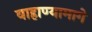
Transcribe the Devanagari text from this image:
वाहाण्यामागे